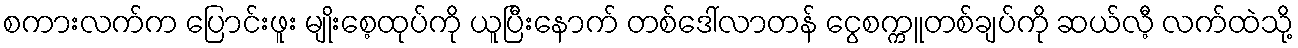
စကားလက်က ပြောင်းဖူး မျိုးစေ့ထုပ်ကို ယူပြီးနောက် တစ်ဒေါ်လာတန် ငွေစက္ကူတစ်ချပ်ကို ဆယ်လီ့ လက်ထဲသို့